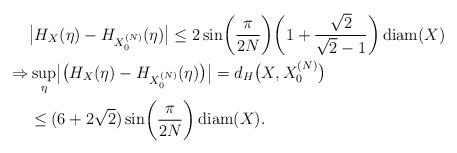
LaTeX: \begin{align*}&\bigl\vert H_{X}(\eta) -H_{X_0^{(N)}}(\eta)\bigr\vert \leq2\sin\biggl(\frac{\pi}{2N}\biggr) \biggl(1+\frac{\sqrt{2}}{\sqrt{2}-1}\biggr) \operatorname{diam}(X)\\\Rightarrow& \sup_\eta\bigl\vert\bigl(H_{X}(\eta)-H_{X_0^{(N)}}(\eta)\bigr)\bigr\vert =d_H\bigl(X,X_0^{(N)}\bigr)\\&\leq(6+2\sqrt{2})\sin\biggl(\frac{\pi}{2N}\biggr)\operatorname{diam}(X).\end{align*}